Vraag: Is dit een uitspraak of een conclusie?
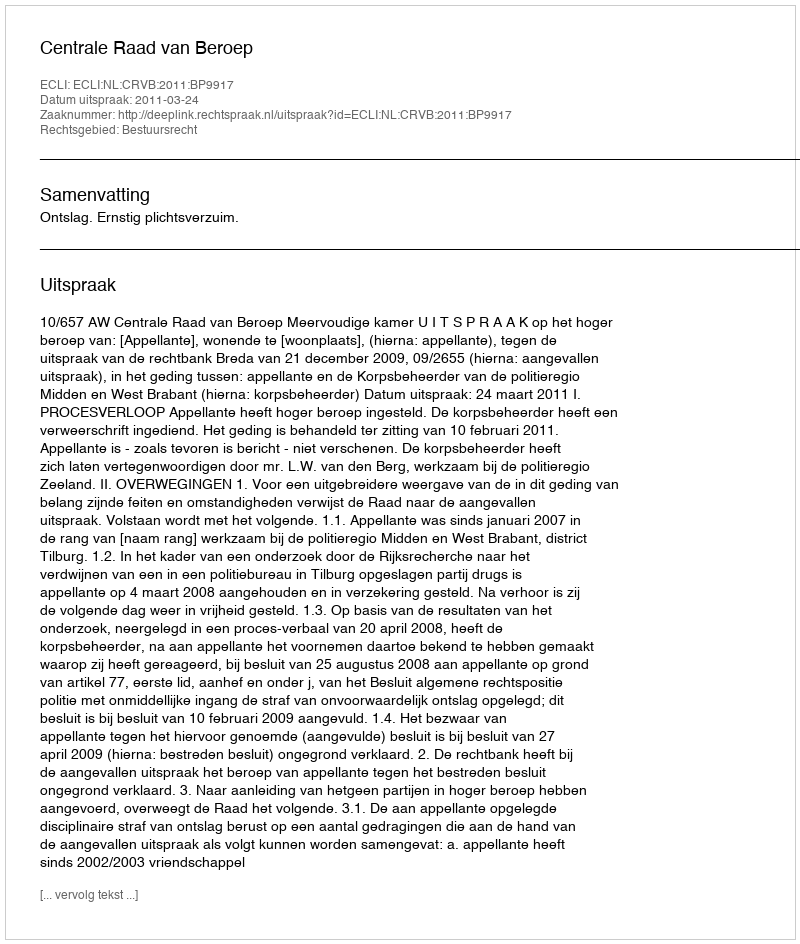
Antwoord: Uitspraak